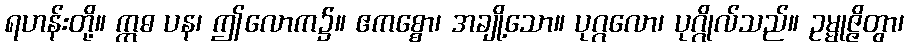
ရဟန်းတို့။ ဣဓ ပန၊ ဤလောက၌။ ဧကစ္စော၊ အချို့သော။ ပုဂ္ဂလော၊ ပုဂ္ဂိုလ်သည်။ ဥမ္မုဇ္ဇိတွာ၊